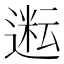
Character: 𬨿